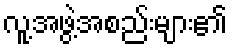
လူ့အဖွဲ့အစည်းများ၏